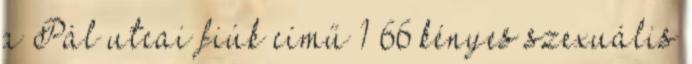
a Pál utcai fiúk című 1 66 kényes szexuális